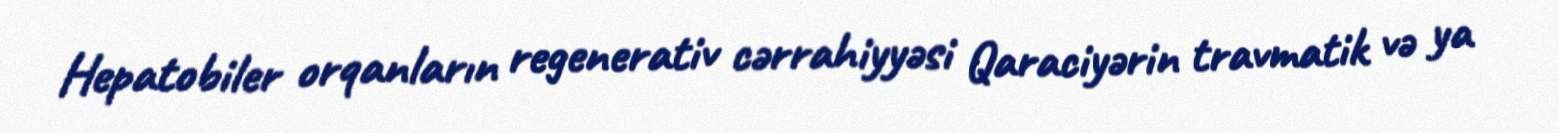
Hepatobiler orqanların regenerativ cərrahiyyəsi Qaraciyərin travmatik və ya